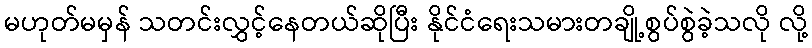
မဟုတ်မမှန် သတင်းလွှင့်နေတယ်ဆိုပြီး နိုင်ငံရေးသမားတချို့စွပ်စွဲခဲ့သလို လို့